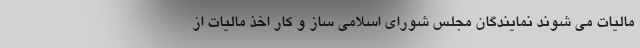
مالیات می شوند نمایندگان مجلس شورای اسلامی ساز و کار اخذ مالیات از